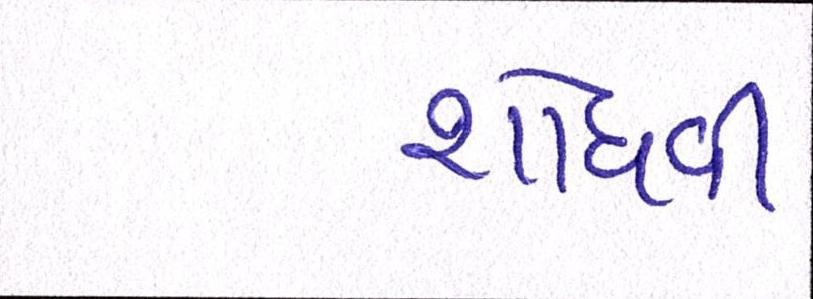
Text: શોધવી